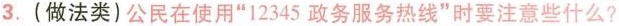
3.(做法类)公民在使用”12345政务服务热线”时要注意些什么?